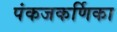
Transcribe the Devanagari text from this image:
पंकजकर्णिका